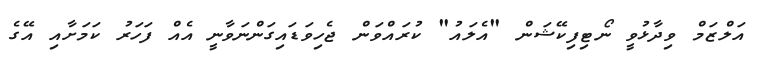
އަލްޒަމް ވިދާޅުވީ ނޯޓިފިކޭޝަން "އެލައު" ކުރައްވަން ޖެހިވަޑައިގަންނަވާނީ އެއް ފަހަރު ކަމަށާއި އޭގެ